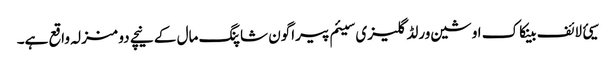
سیئ لائف بینکاک اوشین ورلڈ گلیزی سیئم پیراگون شاپنگ مال کے نیچے دو منزلہ واقع ہے۔